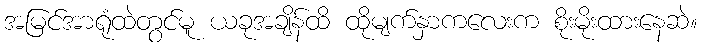
အမြင်အာရုံထဲတွင်မူ ယခုအချိန်ထိ ထိုမျက်နှာကလေးက စိုးမိုးထားနေဆဲ။